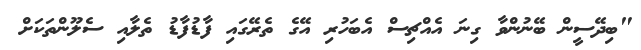
"ބިދޭސީން ބޭނުންވާ ގިނަ އެއްޗިސް އެބަހުރި އޭގެ ތެރޭގަައި ފާޑުފާޑު ތެލާއި ސެލޫންތަަކަށް